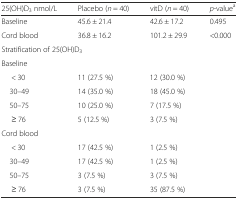
| 25(OH)D3 nmol/L | Placebo (n = 40) | vitD (n = 40) | p-valuea |
 | --- | --- | --- | --- |
 | Baseline | 45.6 ± 21.4 | 42.6 ± 17.2 | 0.495 |
 | Cord blood | 36.8 ± 16.2 | 101.2 ± 29.9 | <0.000 |
 | <COLSPAN=4> Stratification of 25(OH)D3 |
 | <COLSPAN=4> Baseline |
 | < 30 | 11 (27.5 %) | 12 (30.0 %) |  |
 | 30–49 | 14 (35.0 %) | 18 (45.0 %) |  |
 | 50–75 | 10 (25.0 %) | 7 (17.5 %) |  |
 | ≥ 76 | 5 (12.5 %) | 3 (7.5 %) |  |
 | <COLSPAN=4> Cord blood |
 | < 30 | 17 (42.5 %) | 1 (2.5 %) |  |
 | 30–49 | 17 (42.5 %) | 1 (2.5 %) |  |
 | 50–75 | 3 (7.5 %) | 3 (7.5 %) |  |
 | ≥ 76 | 3 (7.5 %) | 35 (87.5 %) |  |